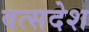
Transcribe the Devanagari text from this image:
वत्सदेश